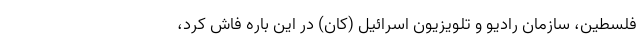
فلسطین، سازمان رادیو و تلویزیون اسرائیل (کان) در این باره فاش کرد،